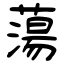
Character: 蕩